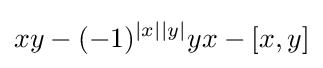
xy-(-1)^{|x||y|}yx-[x,y]